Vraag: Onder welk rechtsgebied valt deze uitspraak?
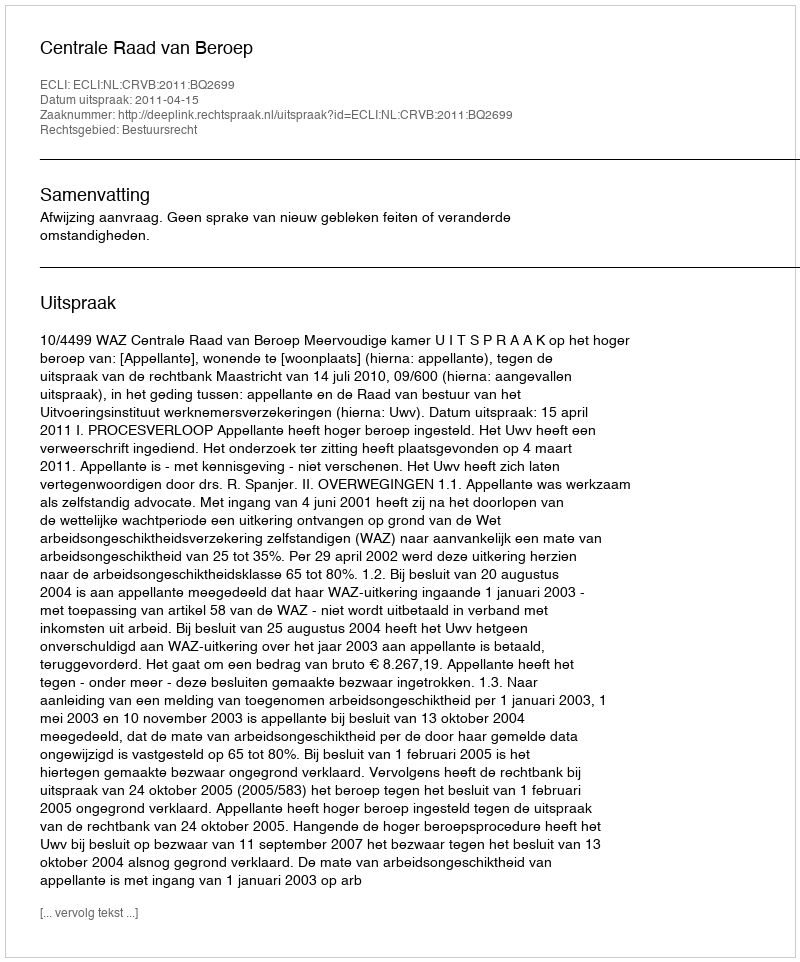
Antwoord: Bestuursrecht